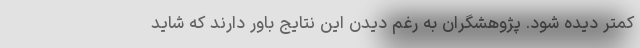
کمتر دیده شود. پژوهشگران به رغم دیدن این نتایج باور دارند که شاید